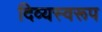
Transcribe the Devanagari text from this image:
दिव्यस्वरूप